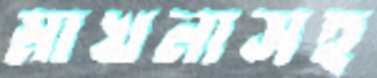
মাখনাসহ